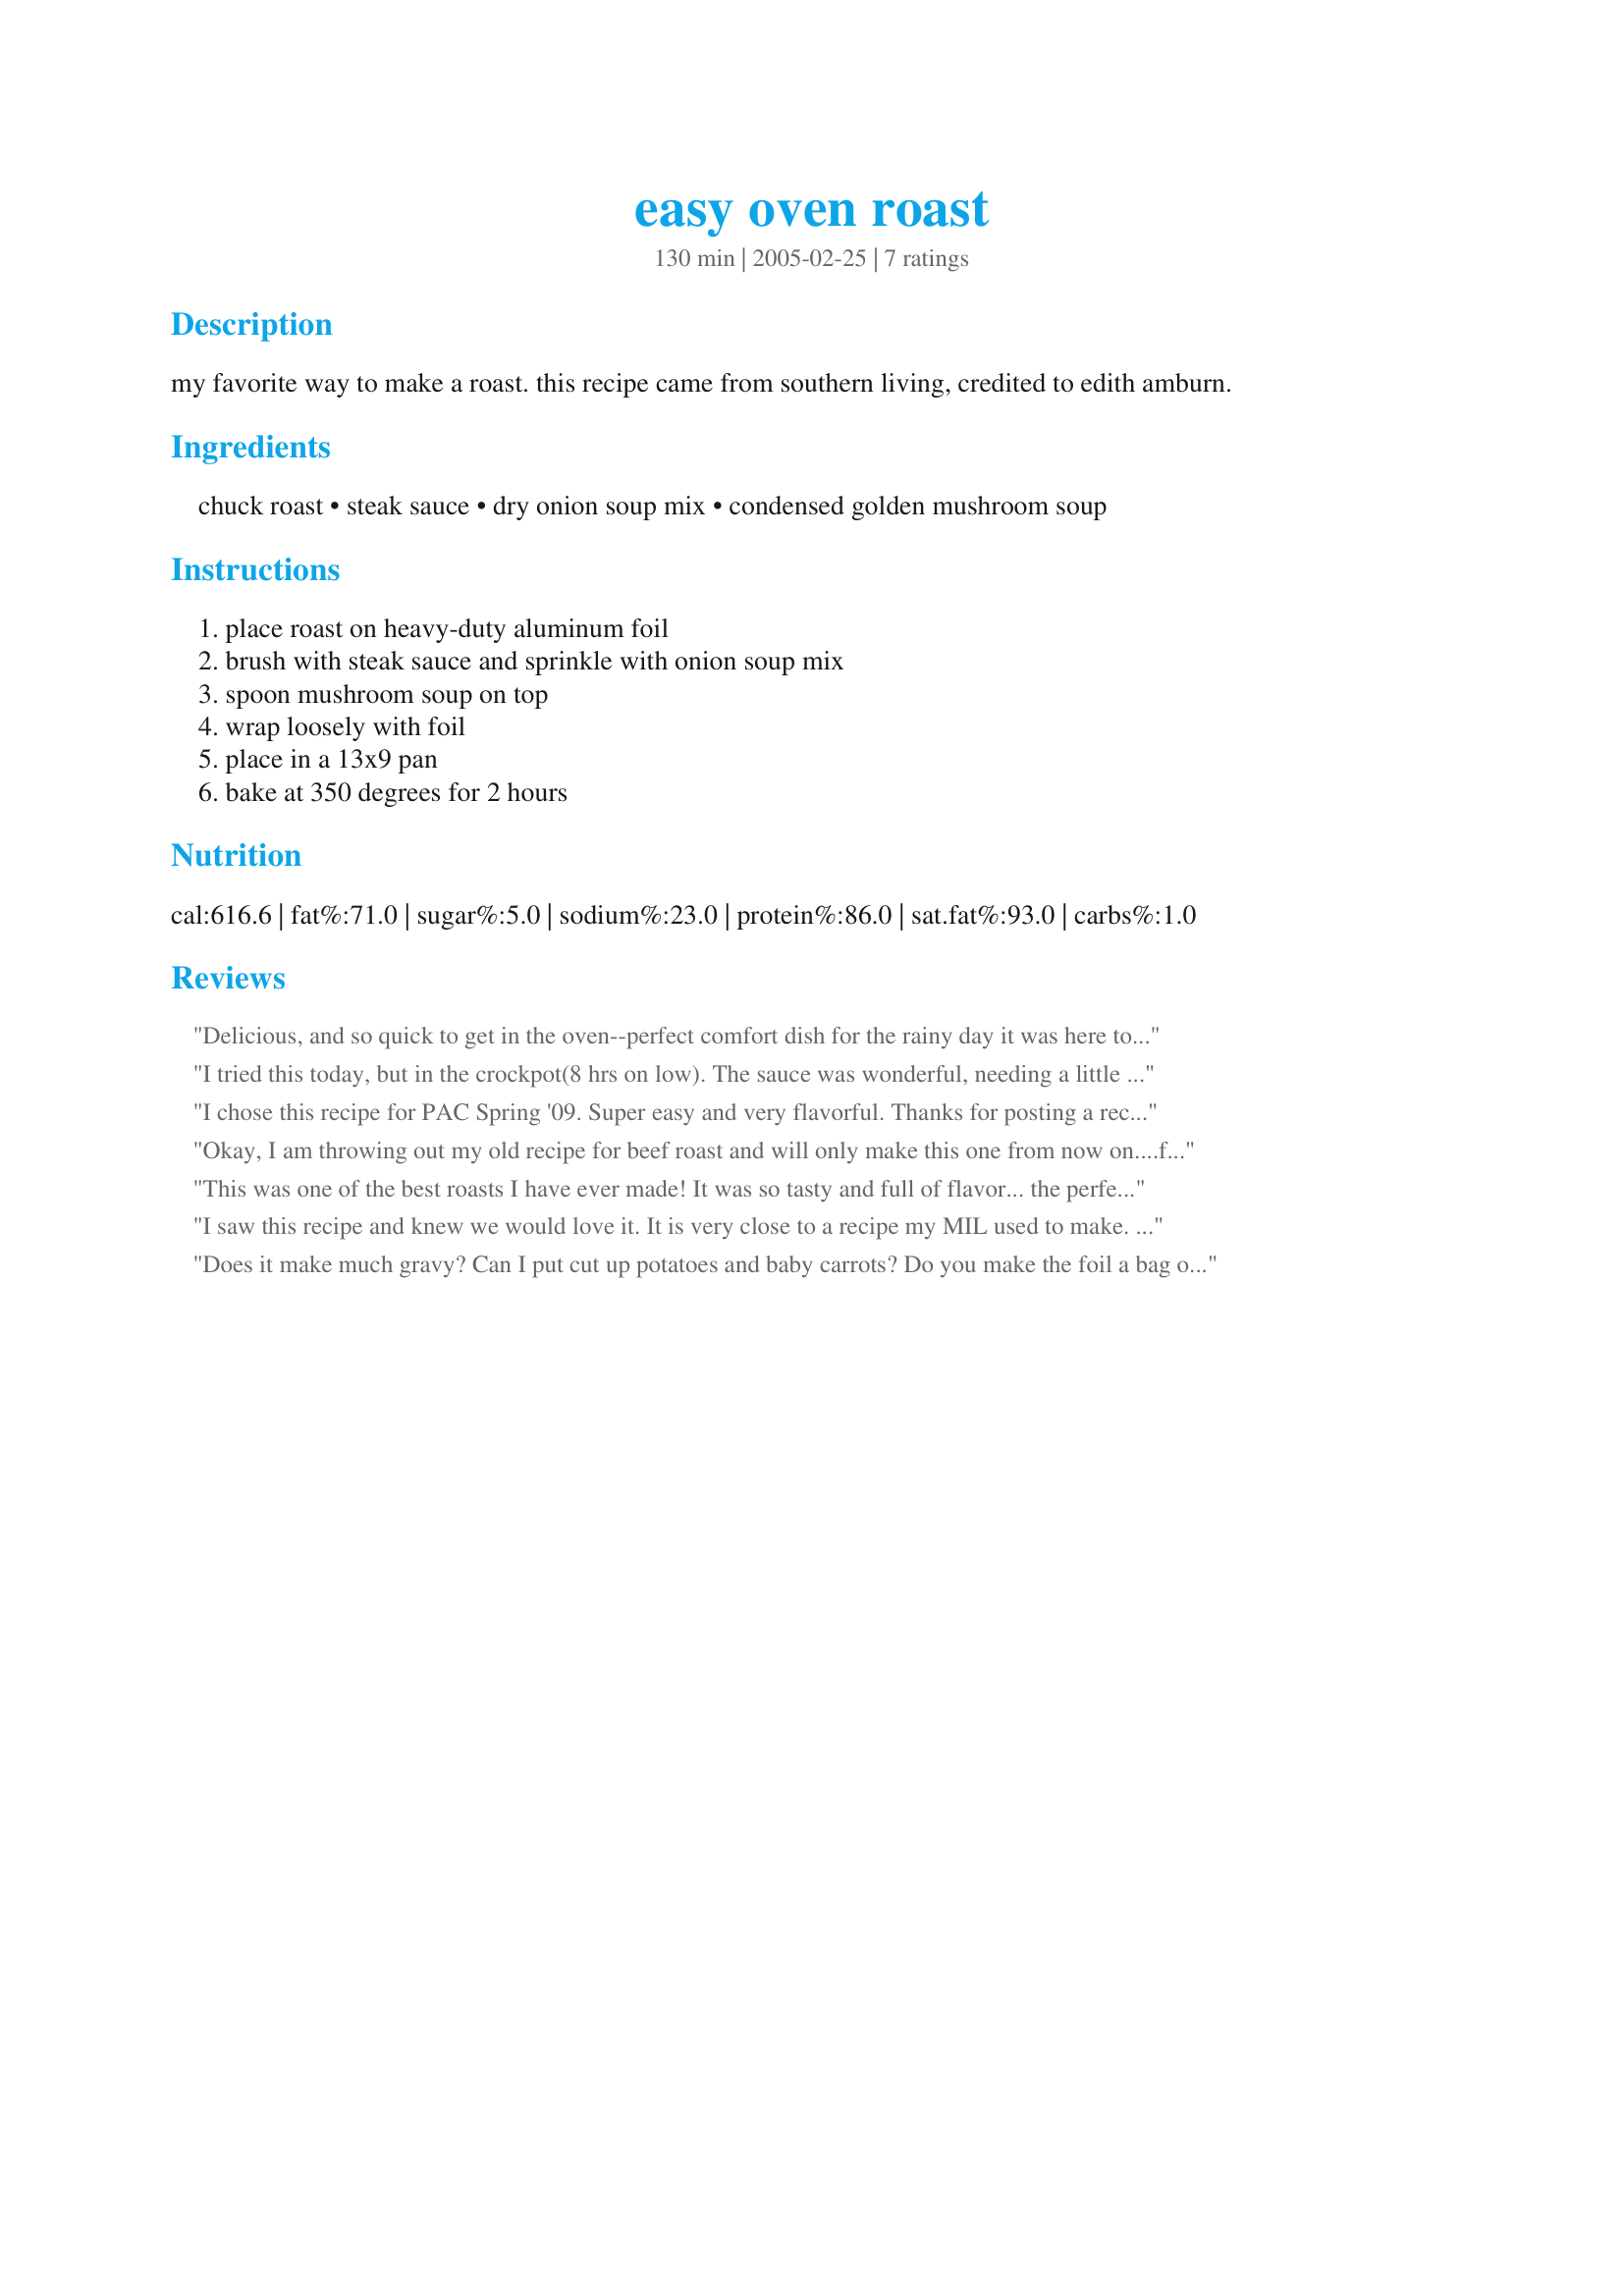
easy oven roast
Preparation time: 130 minutes

my favorite way to make a roast. this recipe came from southern living, credited to edith amburn.

Ingredients:
chuck roast, steak sauce, dry onion soup mix, condensed golden mushroom soup

Steps:
place roast on heavy-duty aluminum foil, brush with steak sauce and sprinkle with onion soup mix, spoon mushroom soup on top, wrap loosely with foil, place in a 13x9 pan, bake at 350 degrees for 2 hours

Reviews:
Delicious, and so quick to get in the oven--perfect comfort dish for the rainy day it was here today. I had to be away from home for a few hours, so I just set the oven temperature lower and baked it longer. Thanks for sharing the recipe!
I tried this today, but in the crockpot(8 hrs on low). The sauce was wonderful, needing a little cornstarch for thickening. The meat was tender and fell apart like pulled pork. We had it over rice and it was a terrific dinner.
I chose this recipe for PAC Spring '09. Super easy and very flavorful. Thanks for posting a recipe that I will probably use for roast from now on.
Okay, I am throwing out my old recipe for beef roast and will only make this one from now on....fast, easy and tastes wonderful....
This was one of the best roasts I have ever made! It was so tasty and full of flavor... the perfect comfort food. This is how I'll be making roast from now on! Thanks for sharing this easy and delicious recipe!
I saw this recipe and knew we would love it. It is very close to a recipe my MIL used to make. I used a full recipe of my Onion Seasoning Mix #89857 and cooked the roast for about 5 hours in the crockpot instead of the oven. It was a lean cut of meat and was wonderful, moist and tender. I thickened the gravy slightly with cornstarch. Something nice and easy that doesn't heat up the kitchen. 

Does it make much gravy? Can I put cut up potatoes and baby carrots? Do you make the foil a bag or line pan and seal? Thanks??
